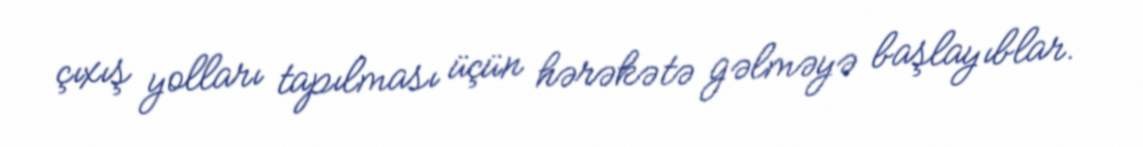
çıxış yolları tapılması üçün hərəkətə gəlməyə başlayıblar.